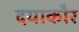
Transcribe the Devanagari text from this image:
दयाकौर